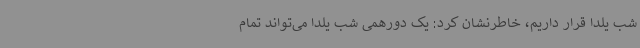
شب یلدا قرار داریم، خاطرنشان کرد: یک دورهمی شب یلدا می‌تواند تمام